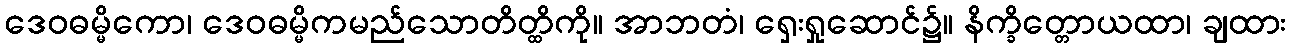
ဒေဝဓမ္မိကော၊ ဒေဝဓမ္မိကမည်သောတိတ္ထိကို။ အာဘတံ၊ ရှေးရှုဆောင်၌။ နိက္ခိတ္တောယထာ၊ ချထား